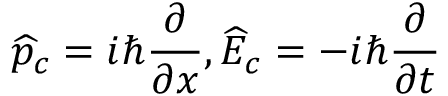
\widehat { p } _ { c } = i \hbar \frac { \partial } { \partial x } , \widehat { E } _ { c } = - i \hbar \frac { \partial } { \partial t }